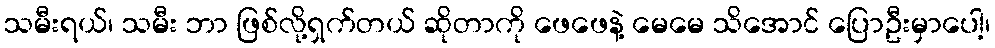
သမီးရယ်၊ သမီး ဘာ ဖြစ်လို့ရှက်တယ် ဆိုတာကို ဖေဖေနဲ့ မေမေ သိအောင် ပြောဦးမှာပေါ့၊